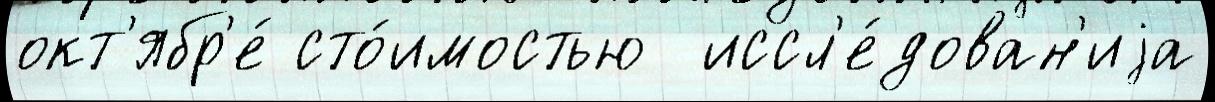
окт'ябр'е́ сто́имостью  иссл'е́дован'иjа